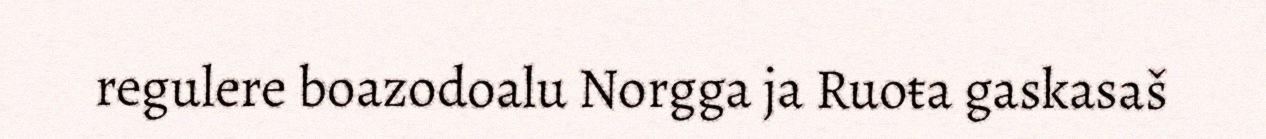
regulere boazodoalu Norgga ja Ruoŧa gaskasaš